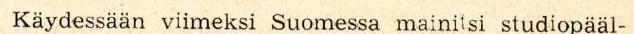
Käydessään viimeksi Suomessa mainitsi studiopääl-